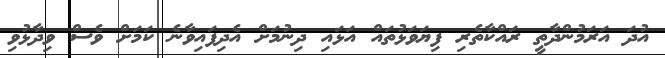
އުދަ އަރަމުންދާތީ ރައްކާތެރި ފިޔަވަޅުތައް އަޅައި ދިނުމަށް އެދިފައިވާނެ ކަމަށް ވެސް ވިދާޅުވި